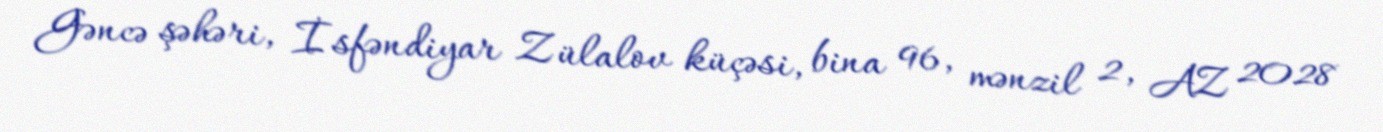
Gəncə şəhəri, İsfəndiyar Zülalov küçəsi, bina 96, mənzil 2, AZ 2028